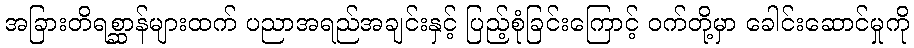
အခြားတိရစ္ဆာန်များထက် ပညာအရည်အချင်းနှင့် ပြည့်စုံခြင်းကြောင့် ဝက်တို့မှာ ခေါင်းဆောင်မှုကို